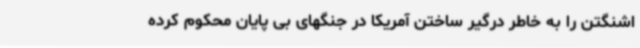
اشنگتن را به خاطر درگیر ساختن آمریکا در جنگهای بی پایان محکوم کرده